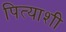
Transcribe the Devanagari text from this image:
पित्याशी